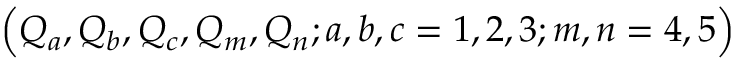
\Bigr ( Q _ { a } , Q _ { b } , Q _ { c } , Q _ { m } , Q _ { n } ; a , b , c = 1 , 2 , 3 ; m , n = 4 , 5 \Bigl )